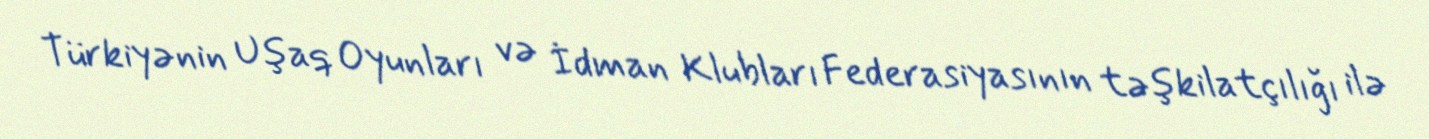
Türkiyənin Uşaq Oyunları və İdman Klubları Federasiyasının təşkilatçılığı ilə